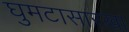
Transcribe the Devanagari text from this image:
घुमटासारखा